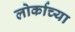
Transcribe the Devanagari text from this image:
लोर्काच्या